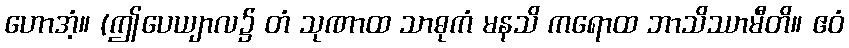
ဟောအံ့။ (ဤပေယျာလ၌ တံ သုဏာထ သာဓုကံ မနသိ ကရောထ ဘာသိဿာမီတိ။ ဧဝံ